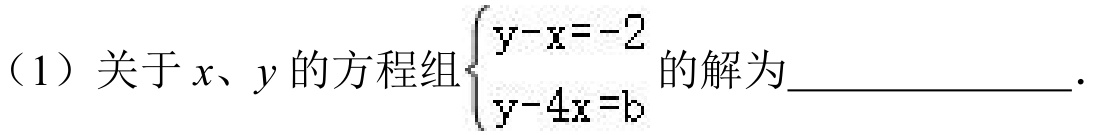
（1）关于\(x、y\)的方程组\(\begin{cases}y - x = -2\\y - 4x = b\end{cases}\)的解为_____________．